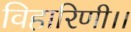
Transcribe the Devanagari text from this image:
विहारिणी।।